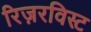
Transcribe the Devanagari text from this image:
रिज़रविस्ट